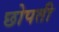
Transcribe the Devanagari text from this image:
छोपती